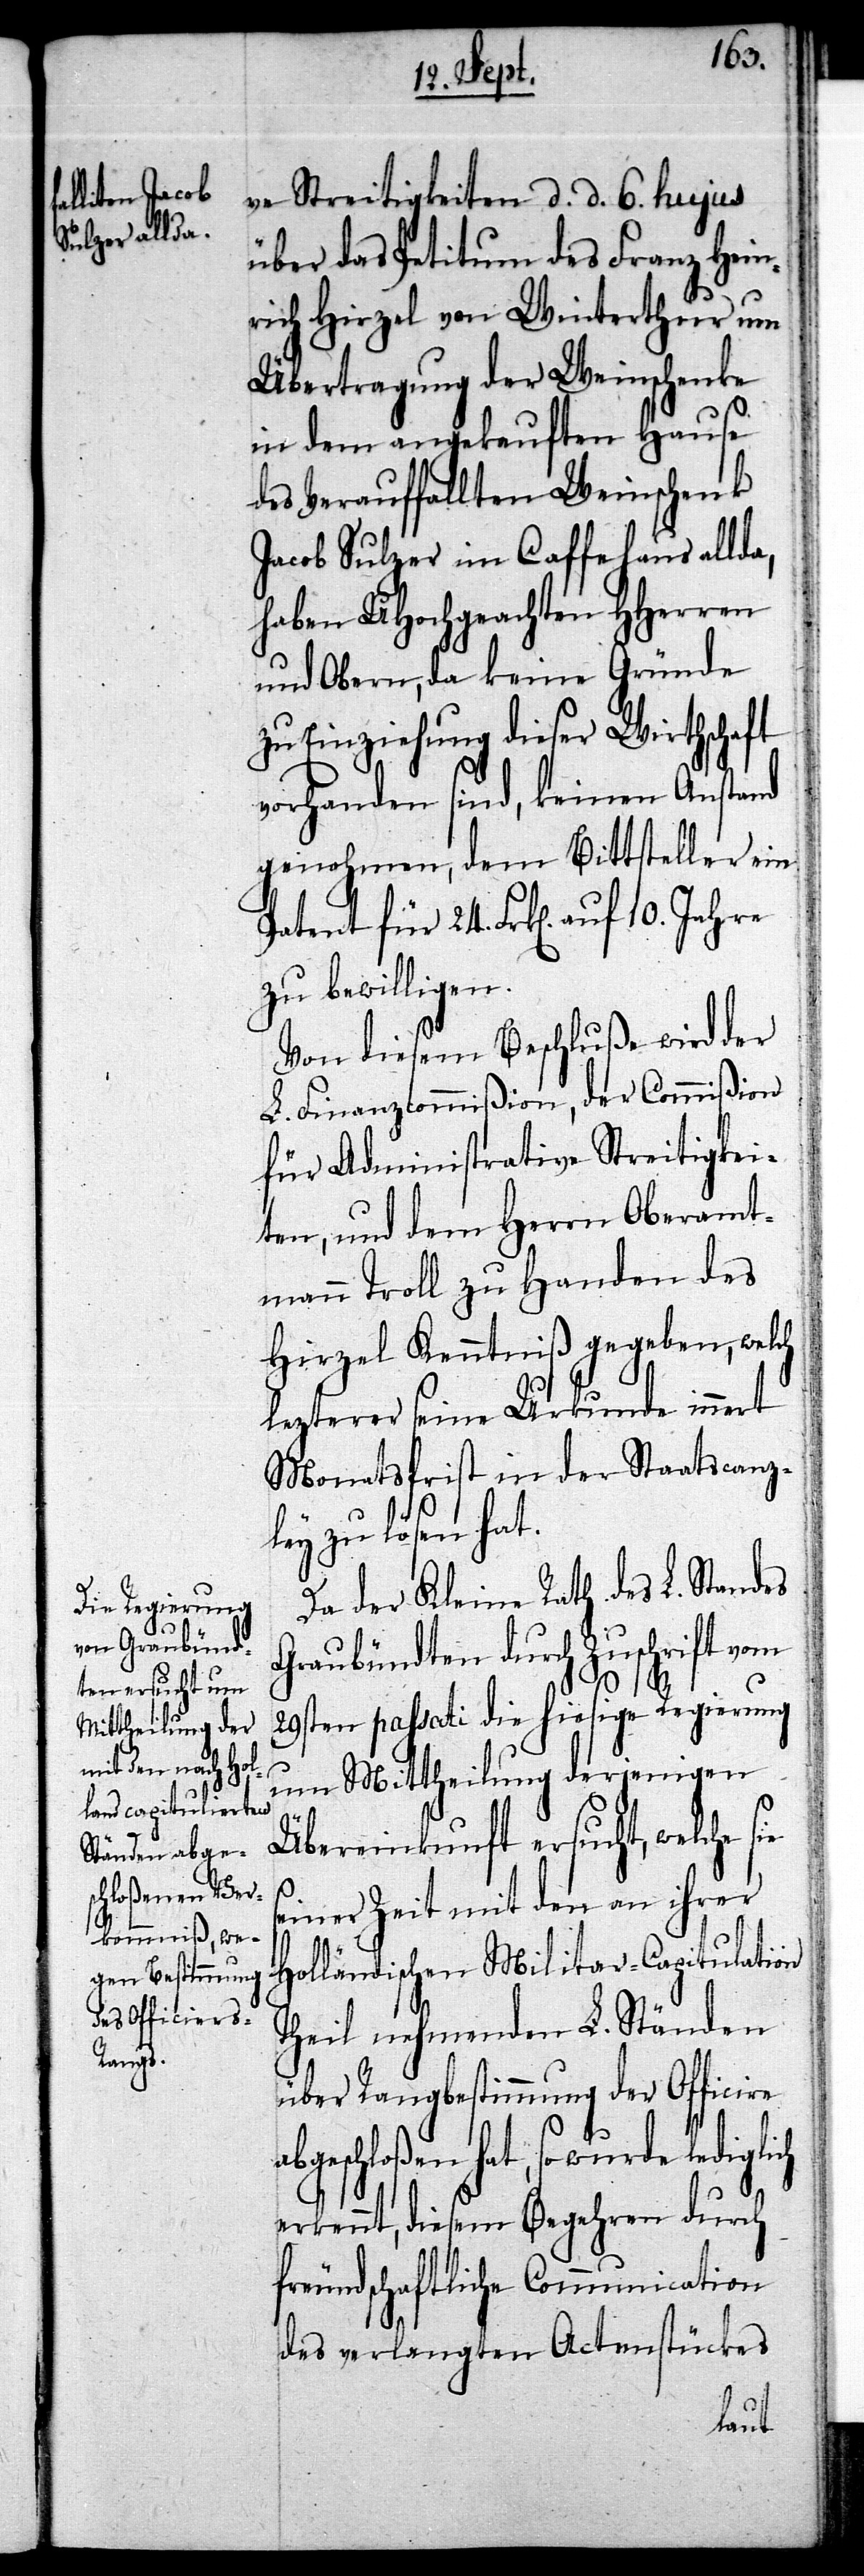
a¬

10. Jahre
ve Streitigkeiten d. d. 6. hujus
über das Petitum des Franz Hein¬
rich Hirzel von Winterthur um
Übertragung der Weinschenke
in dem angekauften Hause
des Verauffallten Weinschenk
Jacob Sulzer im Caffehaus allda,
haben UHochgeachten HHerren
und Obern, da keine Gründe
zu Einziehung dieser Wirthschaft
vorhanden sind, keinen Anstand
genohmen, dem Bittsteller ein
zu bewilligen.
Von diesem Beschluße wird der
L. Finanzcommißion, der Commißion
für Administrative Streitigkei¬
ten, und dem Herrn Oberamt¬
mann Troll zu Handen des
Hirzel Kenntniß gegeben, welch
lezterer seine Urkunde innert
Monatsfrist in der Staatscanz¬
ley zu lösen hat.
Da der Kleine Rath des L. Standes
Graubündten durch Zuschrift vom
29sten passati die hiesige Regierung
um Mittheilung derjenigen
Übereinkunft ersucht, welche s¬
einer Zeit mit den an ihrer
Holländischen Militar-Capitulation
Theil nehmenden L. Ständen
über Rangbestimmung der Officiere
bgeschloßen hat, so wurde ledig¬
erkennt, diesem Begehren durch
freundschaftliche Communication
des verlangten Actenstückes
lich